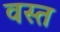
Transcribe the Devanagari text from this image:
वस्त